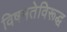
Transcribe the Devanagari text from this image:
विषमतेविरूद्ध